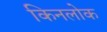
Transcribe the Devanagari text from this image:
किनलोक